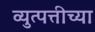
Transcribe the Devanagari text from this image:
व्युत्पत्तीच्या